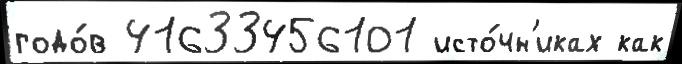
годо́в 41633456101 исто́чн'иках как